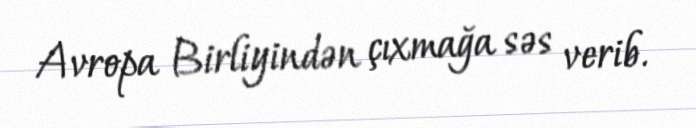
Avropa Birliyindən çıxmağa səs verib.